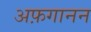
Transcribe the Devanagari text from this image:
अफ़गानन